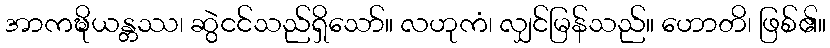
အာကဍ္ဎိယန္တဿ၊ ဆွဲငင်သည်ရှိသော်။ လဟုကံ၊ လျှင်မြန်သည်။ ဟောတိ၊ ဖြစ်၏။